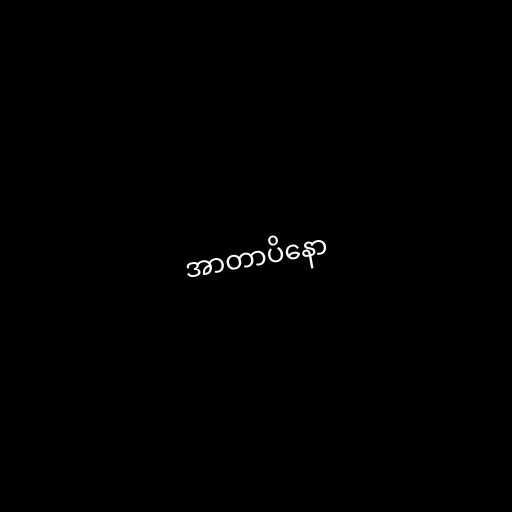
အာတာပိနော